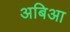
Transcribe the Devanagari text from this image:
अबिआ